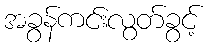
အခွန်ကင်းလွတ်ခွင့်